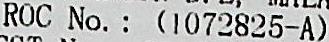
ROC NO. : (1072825-A)